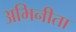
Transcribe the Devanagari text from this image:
अभिनीता